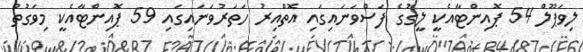
ލިވަޕޫލް 54 ޕޮއިންޓާއެކީ ލީގުގެ ފަސްވަނައިގައި އޮތްއިރު ހަތަރުވަނައިގައި 59 ޕޮއިންޓާއެކީ މިވަގުތު